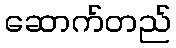
ဆောက်တည်